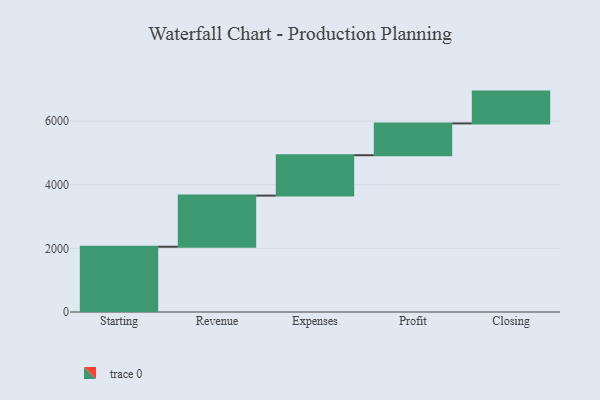
{"axis": {"x": "Step", "y": "Value"}, "legend": [""], "data": [{"x": "Starting", "y": 2052.0, "type": ""}, {"x": "Revenue", "y": 1607.0, "type": ""}, {"x": "Expenses", "y": 1270.0, "type": ""}, {"x": "Profit", "y": 1000, "type": ""}, {"x": "Closing", "y": 1000, "type": ""}]}